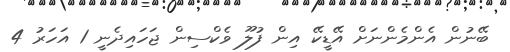
ބޭނުން އެންމެންނަށް އޭޑީކޭ އިން ފުލޫ ވެކްސިން ޖަހައިދެނީ 1 އަހަރު 4